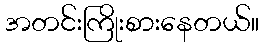
အတင်းကြိုးစားနေတယ်။